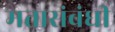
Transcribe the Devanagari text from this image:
मतासंबंधी